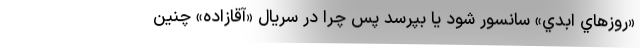
«روزهاي ابدي» سانسور شود يا بپرسد پس چرا در سريال «آقازاده» چنين